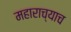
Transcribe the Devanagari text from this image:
महाराच्याच